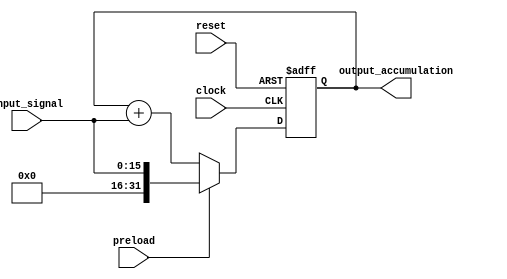
module accumulator (
  input wire clock,
  input wire reset,
  input wire preload,
  input wire [15:0] input_signal,
  output wire [31:0] output_accumulation
);

reg [31:0] accumulator_register;

always @ (posedge clock or posedge reset)
begin
  if (reset)
    accumulator_register <= 32'h0;
  else if (preload)
    accumulator_register <= {16'h0000, input_signal};
  else
    accumulator_register <= accumulator_register + input_signal;
end

assign output_accumulation = accumulator_register;

endmodule